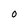
Character: O